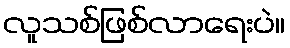
လူသစ်ဖြစ်လာရေးပဲ။